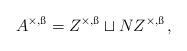
LaTeX: \begin{align*}A^{\times,\ss}=Z^{\times,\ss}\sqcup NZ^{\times,\ss}\,,\end{align*}